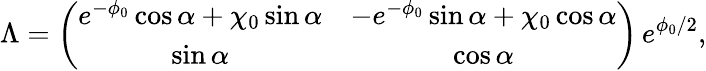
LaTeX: \Lambda=\left(\begin{array}{cc}{{e^{-\phi_{0}}\cos\alpha+\chi_{0}\sin\alpha}}&{{-e^{-\phi_{0}}\sin\alpha+\chi_{0}\cos\alpha}}\\ {{\sin\alpha}}&{{\cos\alpha}}\end{array}\right)\, e^{\phi_{0}/2},